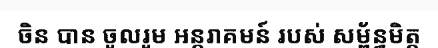
ចិន បាន ចូលរួម អន្តរាគមន៍ របស់ សម្ព័ន្ធមិត្ត